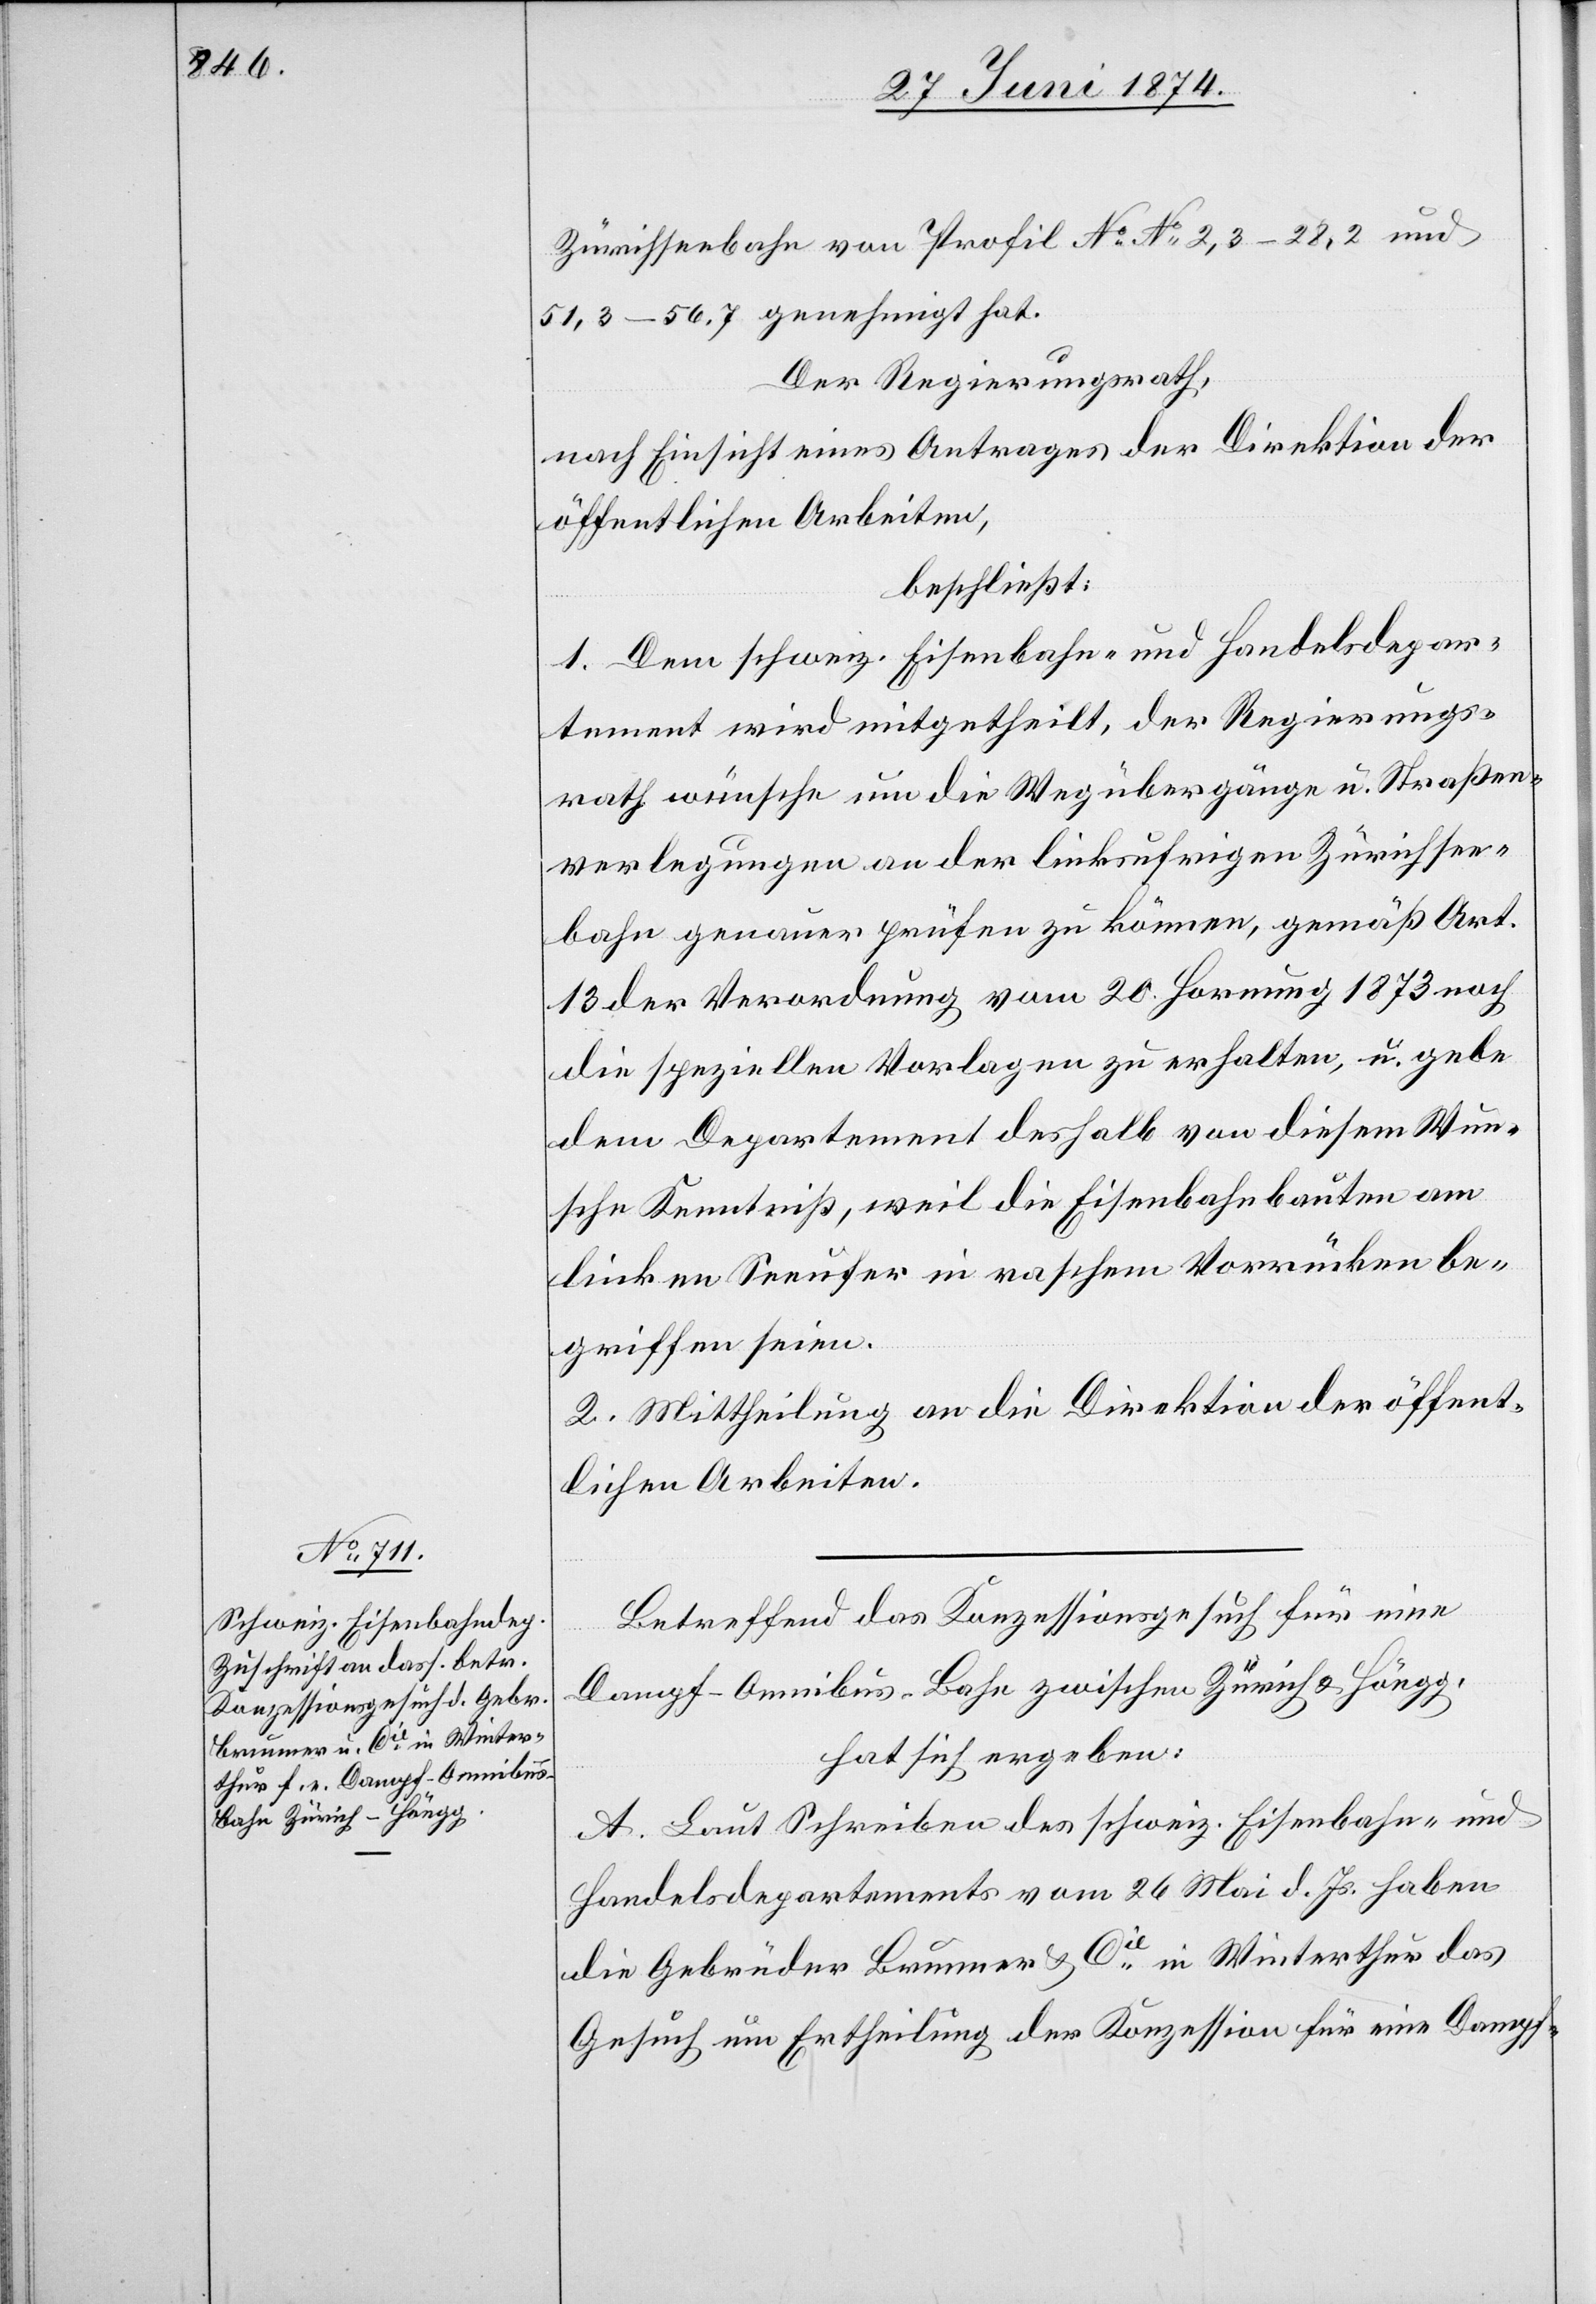
Zürichseebahn von Profil No No [sic!] 2,3–28,2 und
51,3–56,7 genehmigt hat.
Der Regierungsrath,
nach Einsicht eines Antrages der Direktion der
öffentlichen Arbeiten,
beschließt:
1. Dem schweiz. Eisenbahn- und Handelsdepar¬
tement wird mitgetheilt, der Regierungs¬
rath wünsche um die Wegübergänge u. Straßen¬
verlegungen an der linksufrigen Zürichsee¬
bahn genauer prüfen zu können, gemäß Art.
13 der Verordnung vom 20. Hornung 1873 noch
die speziellen Vorlagen zu erhalten, u. gebe
dem Departement deshalb von diesem Wun¬
sche Kenntniß, weil die Eisenbahnbauten am
linken Seeufer in raschem Vorrücken be¬
griffen seien.
2. Mittheilung an die Direktion der öffent¬
lichen Arbeiten.
Betreffend das Konzessionsgesuch für eine
Dampf-Omnibus-Bahn zwischen Zürich u. Höngg,
hat sich ergeben:
A. Laut Schreiben des schweiz. Eisenbahn- und
Handelsdepartements vom 26. Mai d. Js. haben
die Gebrüder Brunner u. Cie in Winterthur das
Gesuch um Ertheilung der Konzession für eine Dampf-